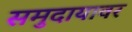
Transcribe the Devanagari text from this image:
समुदायावर